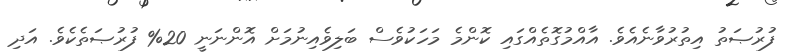
ފުރުޞަތު އިތުރުވާނެއެވެ. އާއްމުގޮތެއްގައި ކޮންމެ މަހަކުވެސް ބަލިވެއިނުމަށް އޮންނަނީ 20% ފުރުޞަތެކެވެ. އަދި